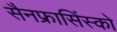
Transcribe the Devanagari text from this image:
सैनफ्रासिंस्को